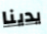
يدينا